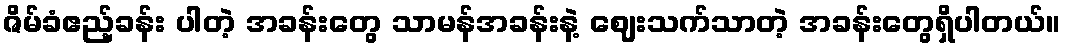
ဇိမ်ခံဧည့်ခန်း ပါတဲ့ အခန်းတွေ သာမန်အခန်းနဲ့ ဈေးသက်သာတဲ့ အခန်းတွေရှိပါတယ်။